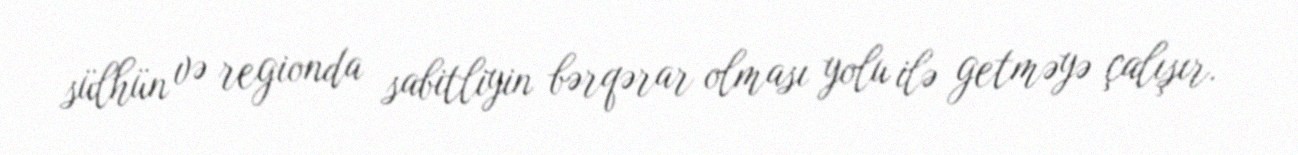
sülhün və regionda sabitliyin bərqərar olması yolu ilə getməyə çalışır.